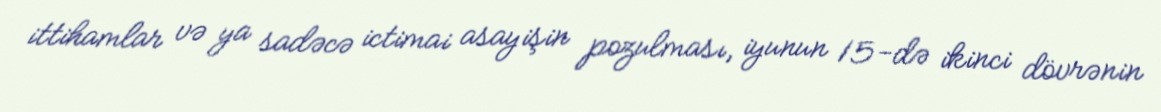
ittihamlar və ya sadəcə ictimai asayişin pozulması, iyunun 15-də ikinci dövrənin